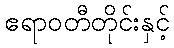
ဧရာဝတီတိုင်းနှင့်